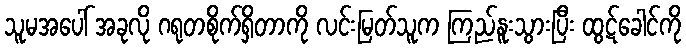
သူမအပေါ် အခုလို ဂရုတစိုက်ရှိတာကို လင်းမြတ်သူက ကြည်နူးသွားပြီး ထွဋ်ခေါင်ကို